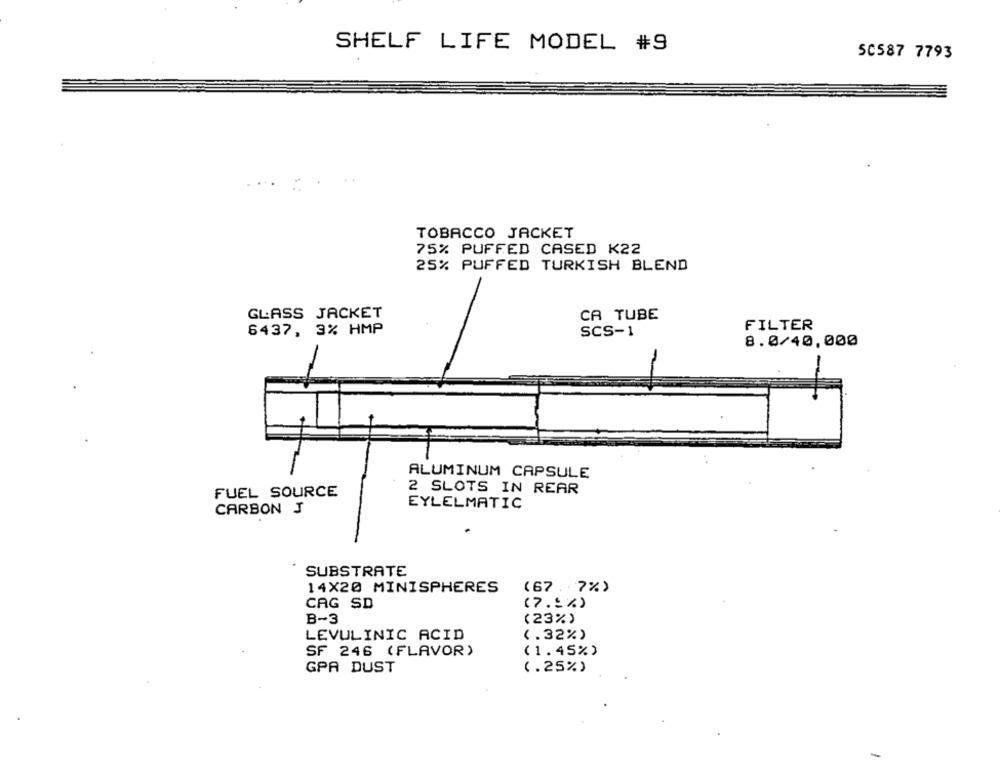
SHELF LIFE MODEL #9
50587 7793
TOBACCO JACKET
75% PUFFED CASED K22
25% PUFFED TURKISH BLEND
GLASS JACKET
CA TUBE
FILTER
6437, 3% HMP
SCS-1
8.0/40.000
ALUMINUM CAPSULE
FUEL SOURCE
2 SLOTS IN REAR
EYLELMATIC
CARBON J
SUBSTRATE
14×20 MINISPHERES
(67.7%)
CAG SD
(7.5%)
B-3
(23%)
LEVULINIC ACID
(.32%)
SF 246 (FLAVOR)
(1.45%)
GPA DUST
(.25%)
-